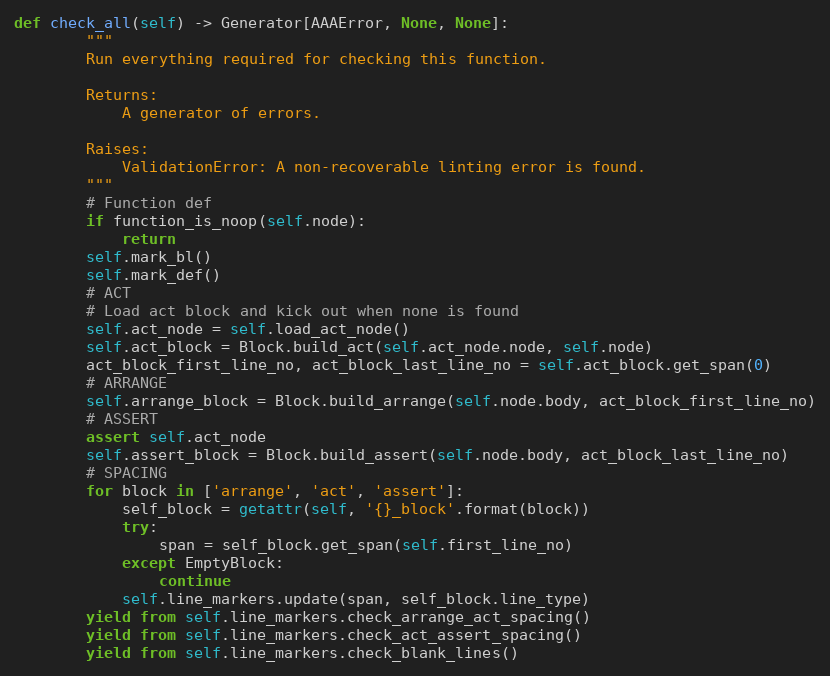
Language: Python
def check_all(self) -> Generator[AAAError, None, None]:
        """
        Run everything required for checking this function.

        Returns:
            A generator of errors.

        Raises:
            ValidationError: A non-recoverable linting error is found.
        """
        # Function def
        if function_is_noop(self.node):
            return
        self.mark_bl()
        self.mark_def()
        # ACT
        # Load act block and kick out when none is found
        self.act_node = self.load_act_node()
        self.act_block = Block.build_act(self.act_node.node, self.node)
        act_block_first_line_no, act_block_last_line_no = self.act_block.get_span(0)
        # ARRANGE
        self.arrange_block = Block.build_arrange(self.node.body, act_block_first_line_no)
        # ASSERT
        assert self.act_node
        self.assert_block = Block.build_assert(self.node.body, act_block_last_line_no)
        # SPACING
        for block in ['arrange', 'act', 'assert']:
            self_block = getattr(self, '{}_block'.format(block))
            try:
                span = self_block.get_span(self.first_line_no)
            except EmptyBlock:
                continue
            self.line_markers.update(span, self_block.line_type)
        yield from self.line_markers.check_arrange_act_spacing()
        yield from self.line_markers.check_act_assert_spacing()
        yield from self.line_markers.check_blank_lines()